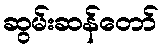
ဆွမ်းဆန်တော်